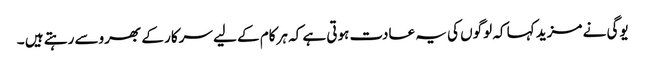
یوگی نے مزید کہا کہ لوگوں کی یہ عادت ہوتی ہے کہ ہرکام کے لیے سرکار کے بھروسے رہتے ہیں ۔